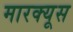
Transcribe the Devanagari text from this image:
मारक्यूस